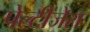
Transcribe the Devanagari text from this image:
पेल्टीजेरा